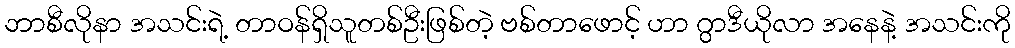
ဘာစီလိုနာ အသင်းရဲ့ တာဝန်ရှိသူတစ်ဦးဖြစ်တဲ့ ဗစ်တာဖောင့် ဟာ ဂွာဒီယိုလာ အနေနဲ့ အသင်းကို